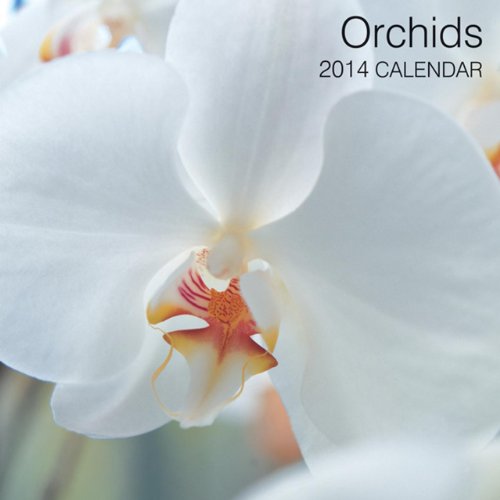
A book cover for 2014 Calendar: Orchids: 12-Month Calendar Featuring Stunning Photographs Of Beautiful Orchids; Peony Press; Calendars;